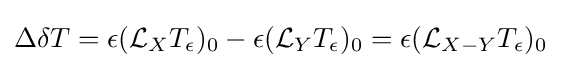
\Delta \delta T=\epsilon ({\mathcal {L}}_{X}T_{\epsilon })_{0}-\epsilon ({\mathcal {L}}_{Y}T_{\epsilon })_{0}=\epsilon ({\mathcal {L}}_{X-Y}T_{\epsilon })_{0}